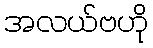
အလယ်ဗဟို